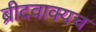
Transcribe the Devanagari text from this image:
ब्रीदवाक्यच